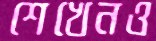
শেখেনও